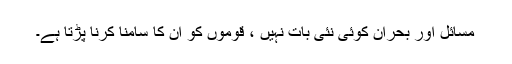
مسائل اور بحران کوئی نئی بات نہیں ، قوموں کو ان کا سامنا کرنا پڑتا ہے۔